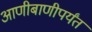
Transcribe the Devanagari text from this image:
आणीबाणीपर्यंत